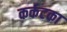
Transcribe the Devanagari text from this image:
कर्कटका